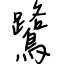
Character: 鷺